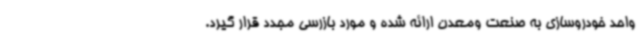
واحد خودروسازی به صنعت ومعدن ارائه شده و مورد بازرسی مجدد قرار گیرد.